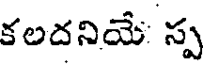
కలదనియే స్ప